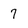
Character: 7